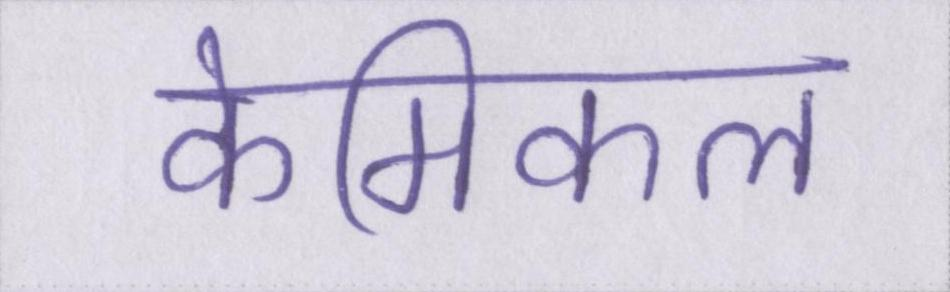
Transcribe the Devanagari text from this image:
केमिकल